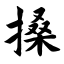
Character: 搡